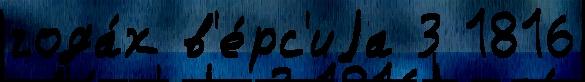
года́х в'е́рс'иjа 3 1816